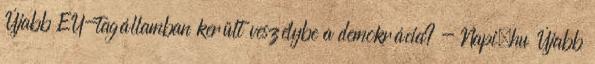
Újabb EU-tagállamban került veszélybe a demokrácia? - Napi.hu Újabb